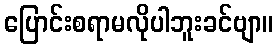
ပြောင်းစရာမလိုပါဘူးခင်ဗျာ။